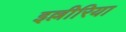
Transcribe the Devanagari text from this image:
इल्लीरिया